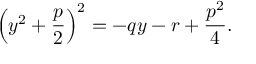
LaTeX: \left( y ^ { 2 } + { \frac { p } { 2 } } \right) ^ { 2 } = - q y - r + { \frac { p ^ { 2 } } { 4 } } .